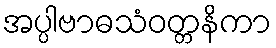
အပ္ပါဗာဓသံဝတ္တနိကာ